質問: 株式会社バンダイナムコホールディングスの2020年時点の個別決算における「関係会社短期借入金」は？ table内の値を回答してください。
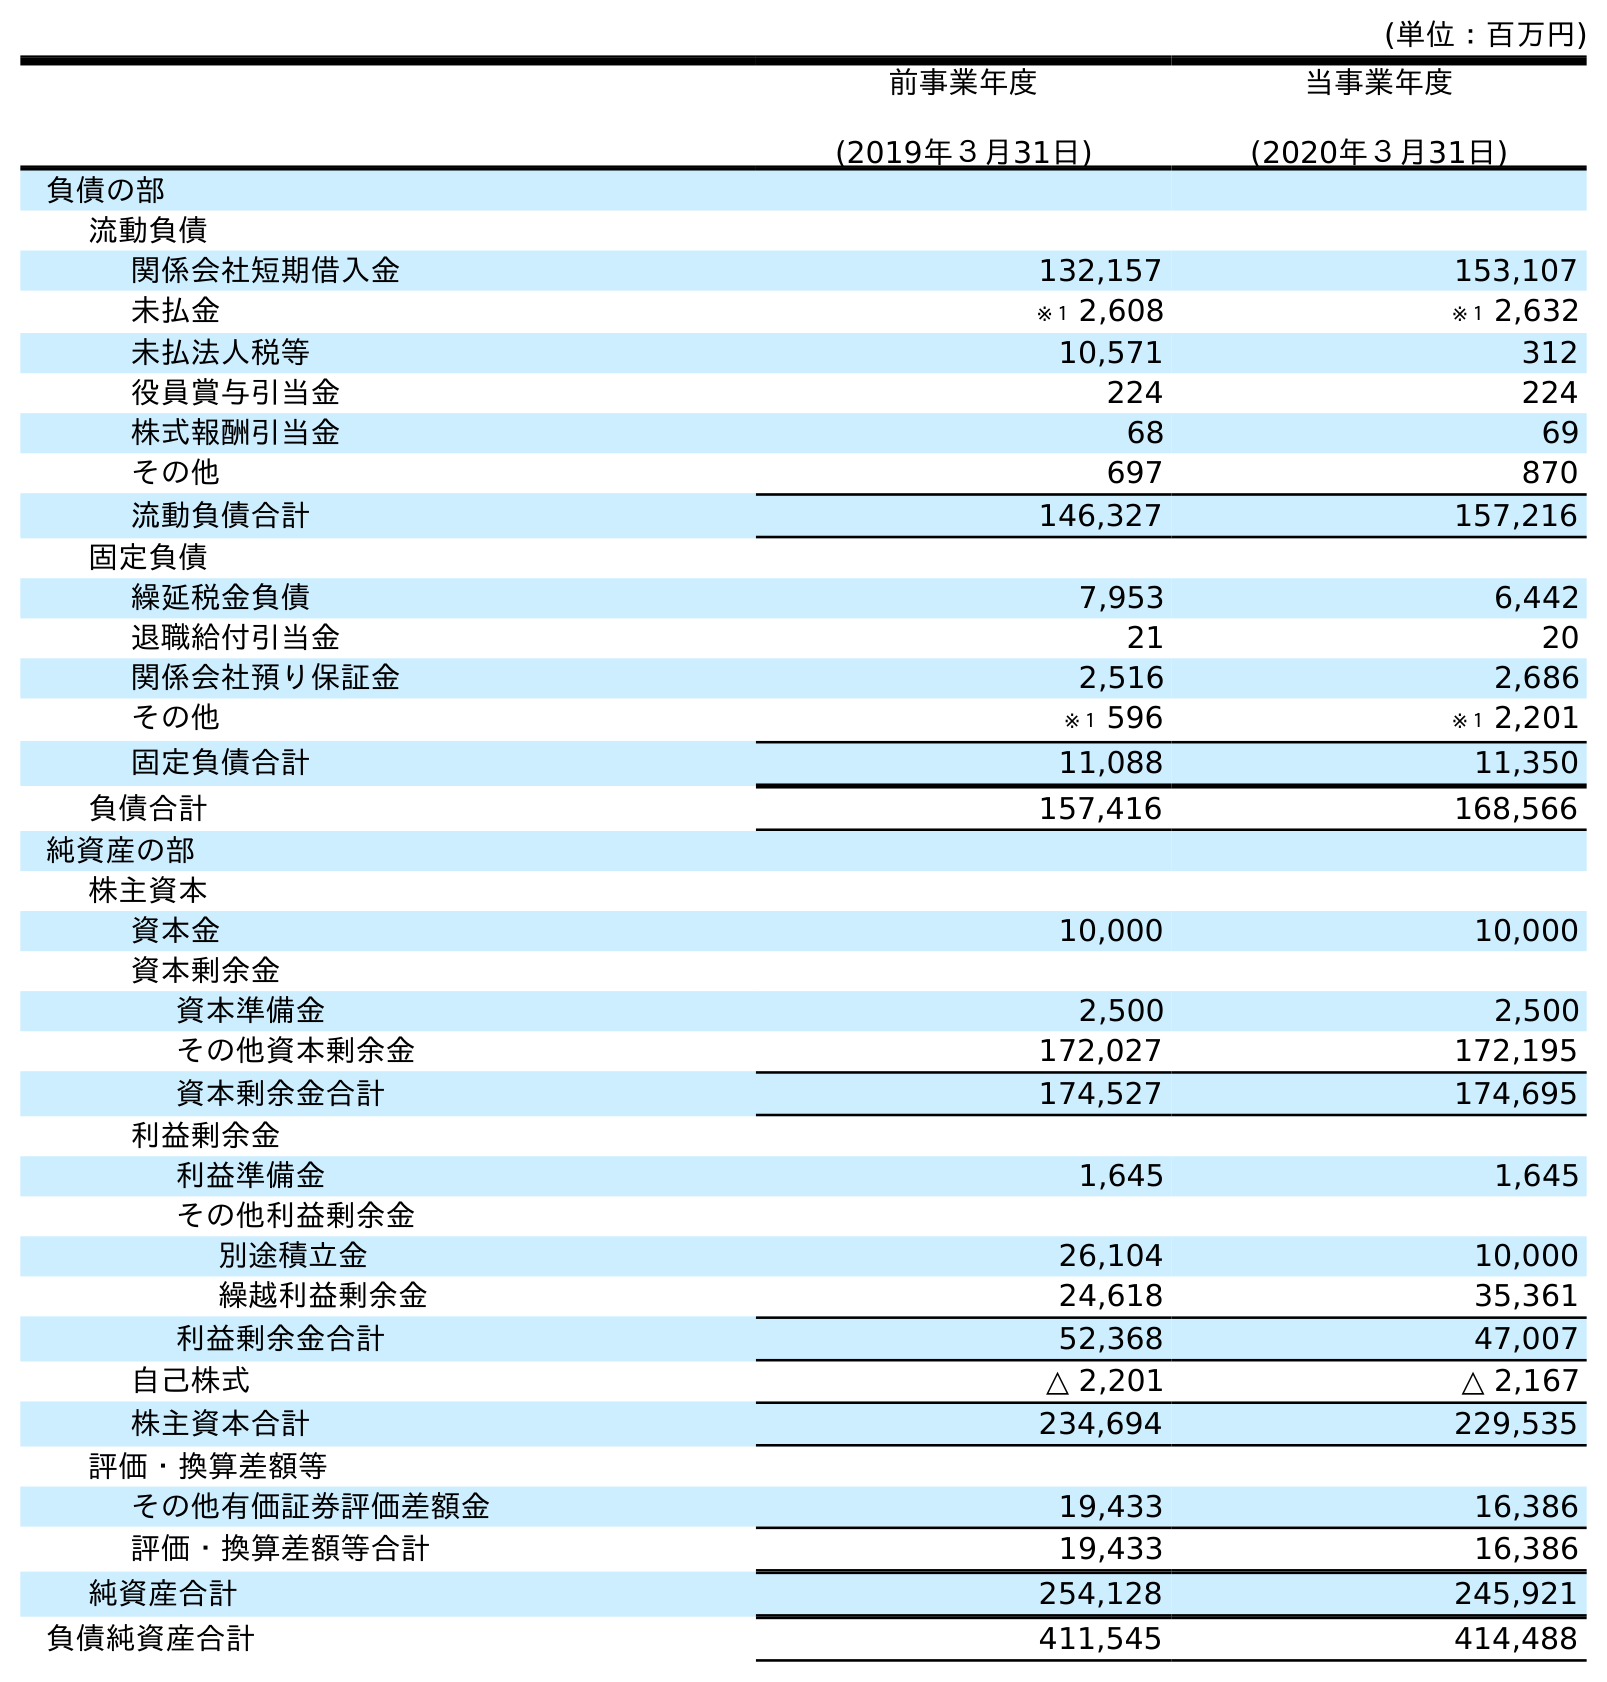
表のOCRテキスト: (単位：百万円) 前事業年度 (2019年３月31日) 当事業年度 (2020年３月31日) 負債の部 流動負債 関係会社短期借入金 132,157 153,107 未払金 ※１ 2,608 ※１ 2,632 未払法人税等 10,571 312 役員賞与引当金 224 224 株式報酬引当金 68 69 その他 697 870 流動負債合計 146,327 157,216 固定負債 繰延税金負債 7,953 6,442 退職給付引当金 21 20 関係会社預り保証金 2,516 2,686 その他 ※１ 596 ※１ 2,201 固定負債合計 11,088 11,350 負債合計 157,416 168,566 純資産の部 株主資本 資本金 10,000 10,000 資本剰余金 資本準備金 2,500 2,500 その他資本剰余金 172,027 172,195 資本剰余金合計 174,527 174,695 利益剰余金 利益準備金 1,645 1,645 その他利益剰余金 別途積立金 26,104 10,000 繰越利益剰余金 24,618 35,361 利益剰余金合計 52,368 47,007 自己株式 △ 2,201 △ 2,167 株主資本合計 234,694 229,535 評価・換算差額等 その他有価証券評価差額金 19,433 16,386 評価・換算差額等合計 19,433 16,386 純資産合計 254,128 245,921 負債純資産合計 411,545 414,488
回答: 153,107